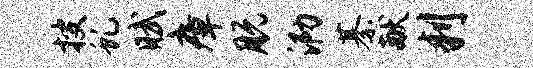
搜虬赋瘴脱泐綦献判